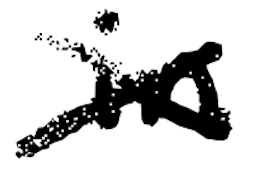
Text: in
Cross-out: cross
Writing tool: digital_black